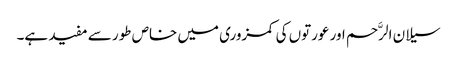
سیلان الرَّحم اور عورتوں کی کمزوری میں خاص طور سے مفید ہے۔